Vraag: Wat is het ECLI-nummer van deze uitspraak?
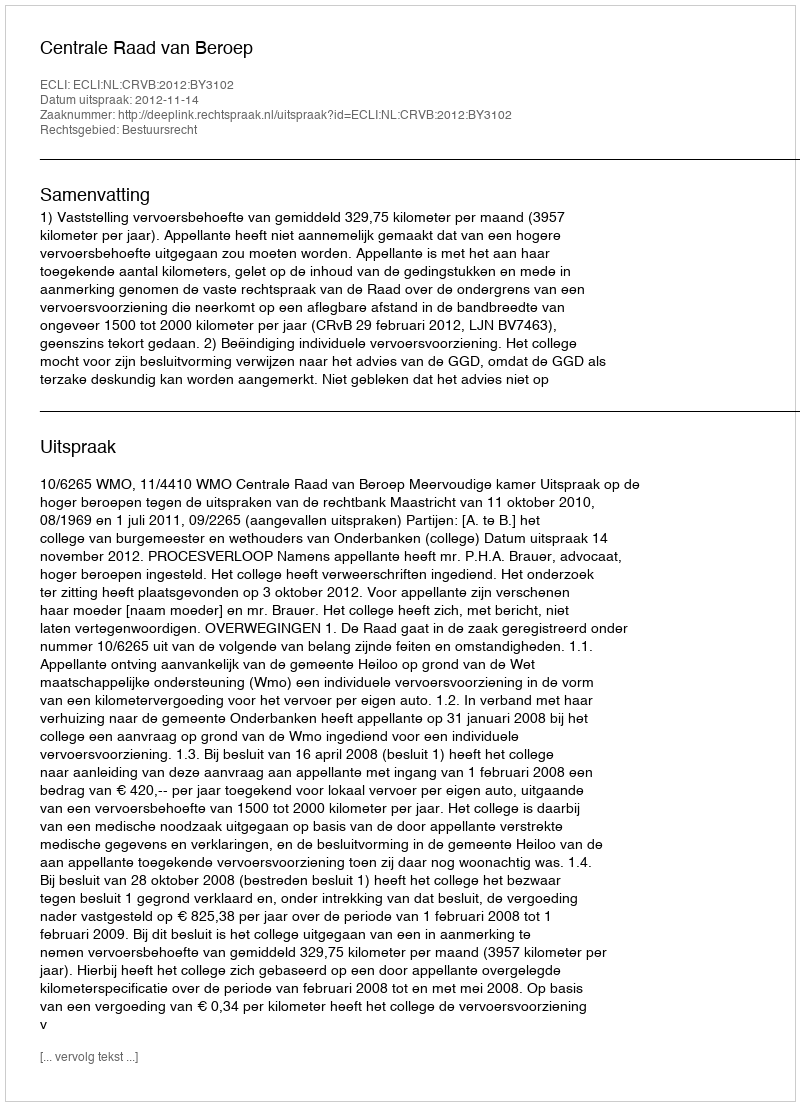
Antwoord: ECLI:NL:CRVB:2012:BY3102